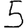
Digit: 5